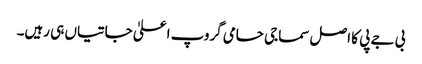
بی جے پی کا اصل سماجی حامی گروپ اعلیٰ جاتیاں ہی رہیں۔